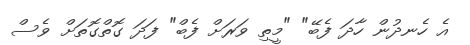
އެ ހެނދުން ހާދަ ފެބޭ" "މީތި ވަރަށް ފެބް" ފަދަ ގޮތްގޮތަށް ވެސް